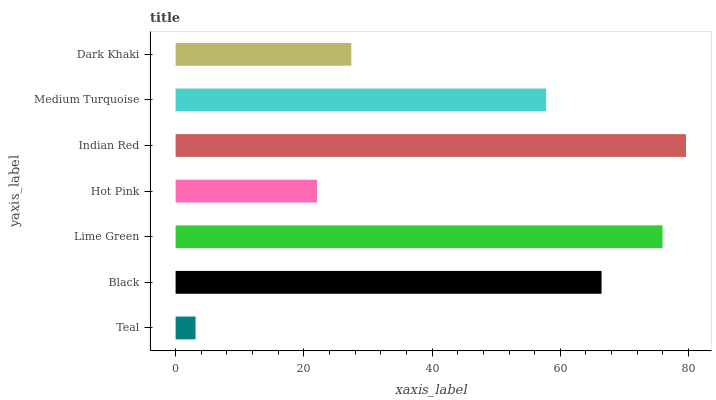
| yaxis_label | bars |
 | --- | --- |
 | Teal | 3.11 |
 | Black | 66.4 |
 | Lime Green | 75.9 |
 | Hot Pink | 22.1 |
 | Indian Red | 79.6 |
 | Medium Turquoise | 57.8 |
 | Dark Khaki | 27.4 |